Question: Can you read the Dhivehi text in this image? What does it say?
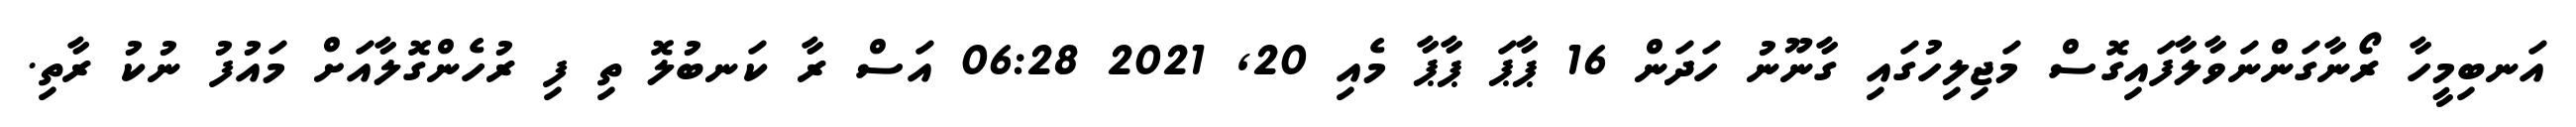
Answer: އަނބިމީހާ ރޯނާގަންނަވާލާފައިގޮސް މަޖިލިހުގައި ގާނޫނު ހަދަން 16 ޕާޕަ ޕާޕާ މެއި 20, 2021 06:28 އަސް ރާ ކަނބުލޮ ތި ފި ރުހެންގޮލާއަށް މައުފު ނުކު ރާތި.